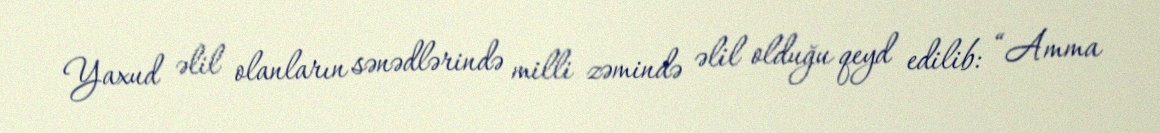
Yaxud əlil olanların sənədlərində milli zəmində əlil olduğu qeyd edilib: “Amma